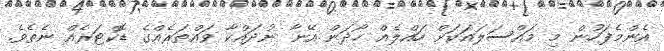
އެންމެފަހުން މި މައްސަލައަކަށް ހައްލެއް ހޯދަން އޭނާ ނުދައްކާ ވައްތަރެއްގެ ޑޮކްޓަރެއް ނެތެވެ.